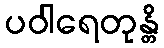
ပဝါရေတုန္တိ